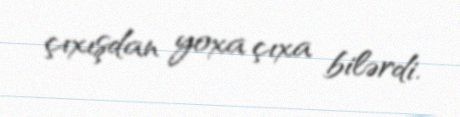
çıxışdan yoxa çıxa bilərdi.